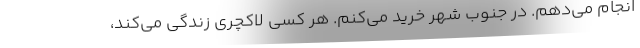
انجام می‌دهم. در جنوب شهر خرید می‌کنم. هر کسی لاکچری زندگی می‌کند،